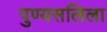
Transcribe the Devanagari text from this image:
पुण्यसलिला